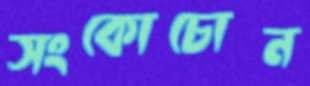
সংকোচোন